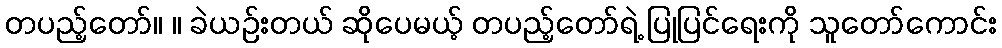
တပည့်တော်။ ။ ခဲယဉ်းတယ် ဆိုပေမယ့် တပည့်တော်ရဲ့ ပြုပြင်ရေးကို သူတော်ကောင်း